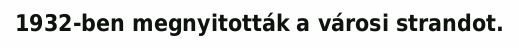
1932-ben megnyitották a városi strandot.